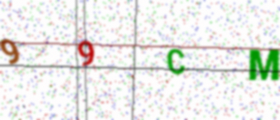
Text: 99CM